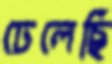
ঢেলেছি